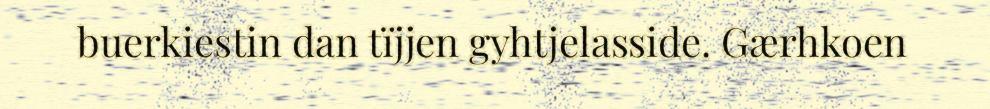
buerkiestin dan tïjjen gyhtjelasside. Gærhkoen